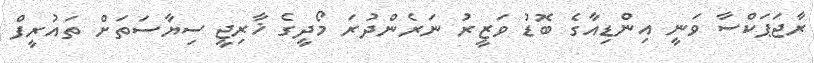
ރާޖަޕަކްސާ ވަނީ އިންޑިއާގެ ބޮޑު ވަޒީރު ނަރެންދުރަ މޯދީގެ ޚާރިޖީ ސިޔާސަތަށް ތައުރީފް